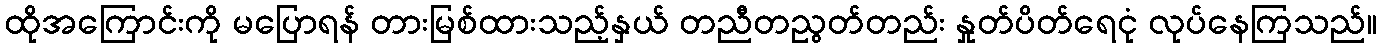
ထိုအကြောင်းကို မပြောရန် တားမြစ်ထားသည့်နှယ် တညီတညွတ်တည်း နှုတ်ပိတ်ရေငုံ လုပ်နေကြသည်။